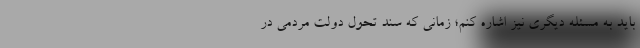
باید به مسئله دیگری نیز اشاره کنم؛ زمانی که سند تحول دولت مردمی در